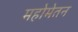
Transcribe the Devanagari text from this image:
महोमेतन